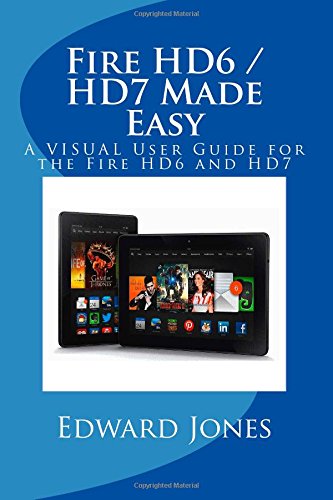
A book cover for Fire HD6 / HD7 Made Easy: A VISUAL User Guide for the Fire HD6 and HD7; Edward C Jones; Computers & Technology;